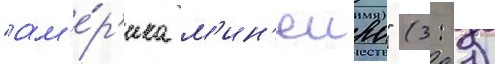
"ам'е́р'ика м'ин'еиро" (3: 1)